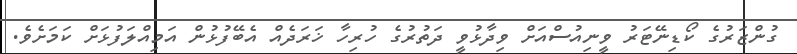
ގުންޒަރުގެ ކޯޑިނޭޓަރު ވީނިއުސްއަށް ވިދާޅުވީ ދަތުރުގެ ހުރިހާ ޚަރަދެއް އެބޭފުޅުން އަމިއްލަފުޅަށް ކަމަށެވެ.